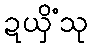
ဍယှိံသု